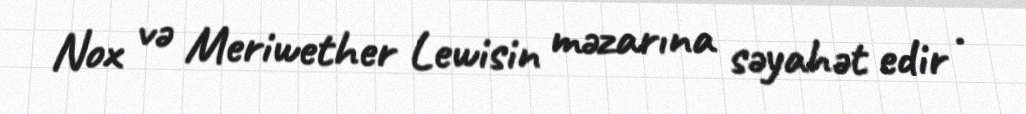
Nox və Meriwether Lewisin məzarına səyahət edir .